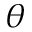
\theta